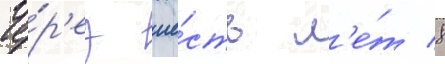
Че́р'ез ше́сть л'е́т 8